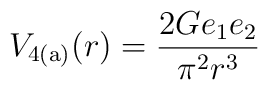
V_{\rm 4(a)}(r) = \frac{2Ge_1e_2}{\pi^2 r^3}